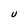
Character: U